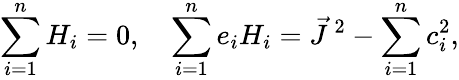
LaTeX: \sum_{i=1}^{n}H_{i}=0,\quad\sum_{i=1}^{n}e_{i}H_{i}=\vec{J}^{\, 2}-\sum_{i=1}^{n}c_{i}^{2},